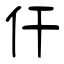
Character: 仠